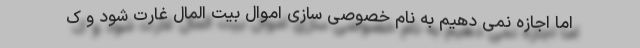
اما اجازه نمی دهیم به نام خصوصی سازی اموال بیت المال غارت شود و ک